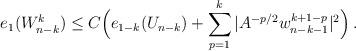
LaTeX: \begin{align*}e_1(W^k_{n-k}) \le C \Big(e_{1-k}(U_{n-k}) + \sum_{p=1}^k |A^{-p/2}w_{n-k-1}^{k+1-p}|^2 \Big) \,.\end{align*}